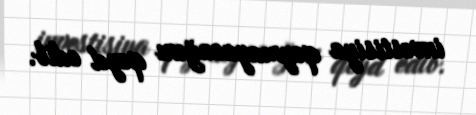
investisiya qoymayacağını qeyd edib.